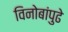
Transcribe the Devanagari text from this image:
विनोबांपुढे